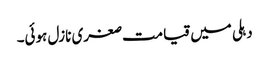
دہلی میں قیامت صغری نازل ہوئی۔